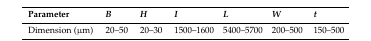
<table><thead><tr><td><b>Parameter</b></td><td><b><i>B</i></b></td><td><b><i>H</i></b></td><td><b><i>I</i></b></td><td><b><i>L</i></b></td><td><b><i>W</i></b></td><td><b><i>t</i></b></td></tr></thead><tbody><tr><td>Dimension (μm)</td><td>20–50</td><td>20–30</td><td>1500–1600</td><td>5400–5700</td><td>200–500</td><td>150–500</td></tr></tbody></table>